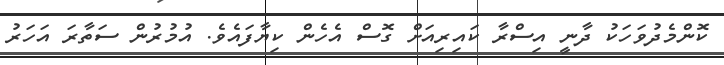
ކޮންމެދުވަހަކު ދާނީ އިސްރާ ކައިރިއަށް ގޮސް އެހެން ކިޔާފައެވެ. އުމުރުން ސަތާރަ އަހަރު